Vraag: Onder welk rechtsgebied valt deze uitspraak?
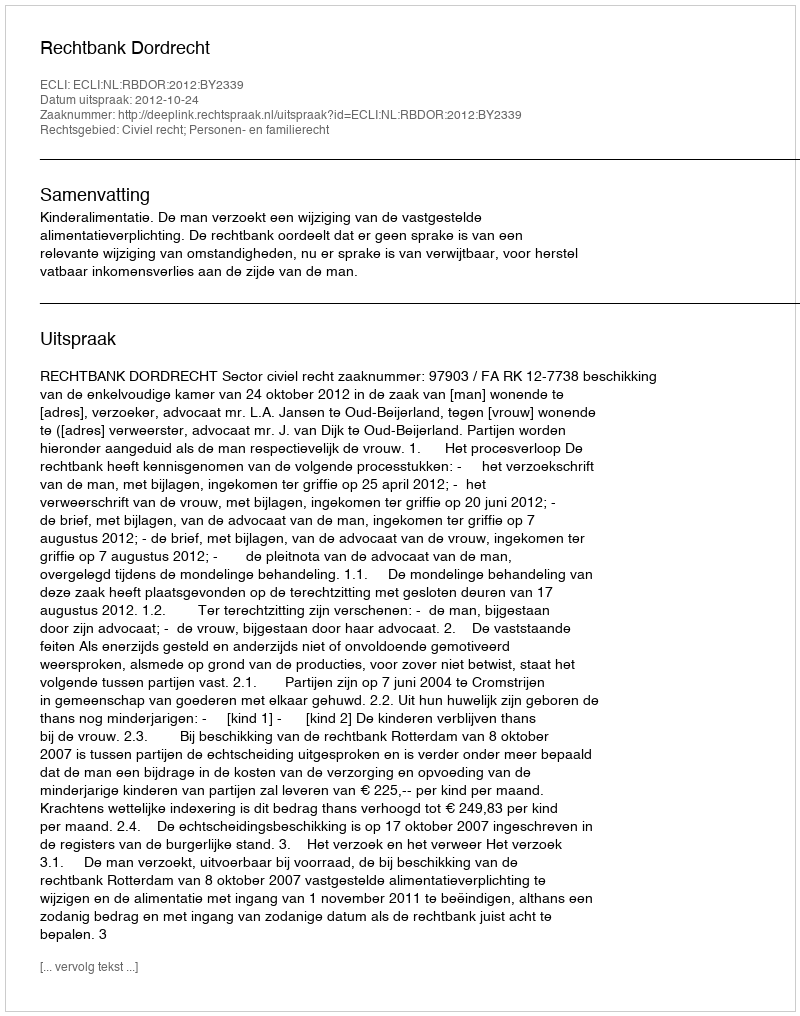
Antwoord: Civiel recht; Personen- en familierecht